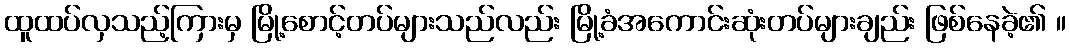
ထူထပ်လှသည့်ကြားမှ မြို့စောင့်တပ်များသည်လည်း မြို့ခံအကောင်းဆုံးတပ်များချည်း ဖြစ်နေခဲ့၏ ။